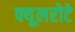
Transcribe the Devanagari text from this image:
फ्यूलरोटे